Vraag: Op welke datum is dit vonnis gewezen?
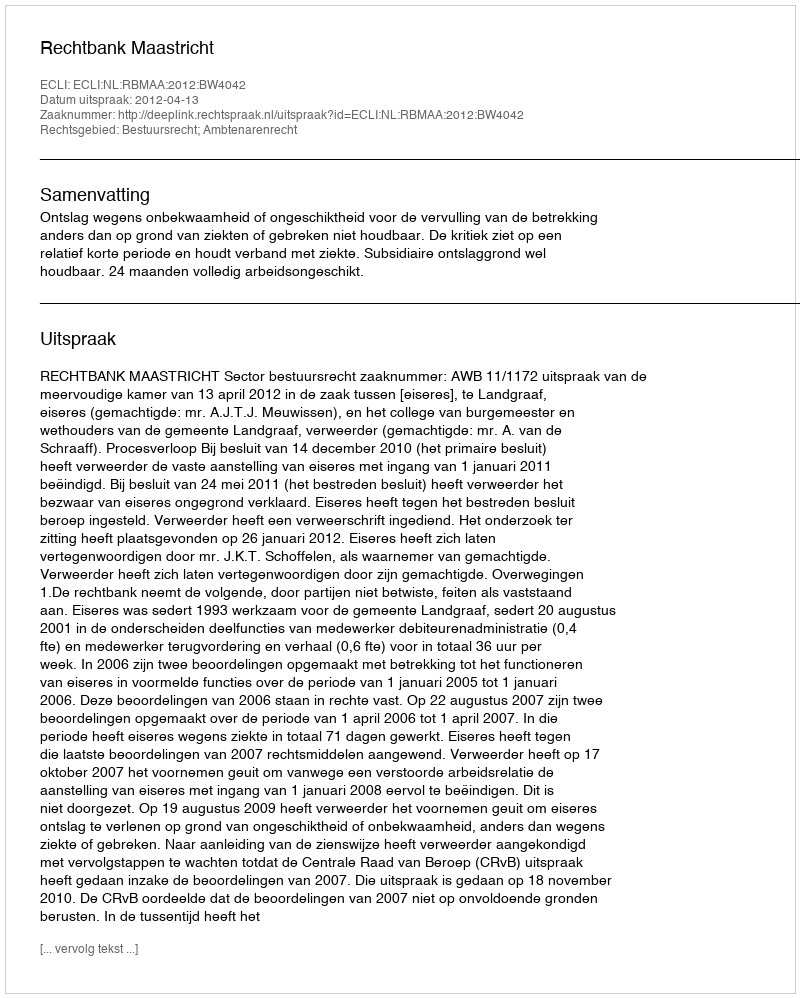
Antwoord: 2012-04-13